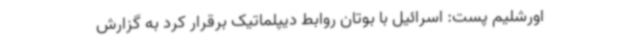
اورشلیم پست: اسرائیل با بوتان روابط دیپلماتیک برقرار کرد به گزارش